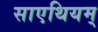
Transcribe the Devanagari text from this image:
साएथियम्‌